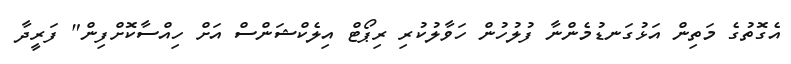
އެގޮތުގެ މަތިން އަޅުގަނޑުމެންނާ ފުލުހުން ހަވާލުކުރި ރިޕޯޓް އިލެކްޝަންސް އަށް ހިއްސާކޮށްފިން" ފަރީދާ